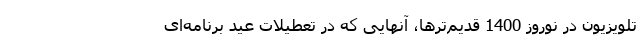
تلویزیون در نوروز 1400 قدیم‌ترها، آنهایی که در تعطیلات عید برنامه‌ای